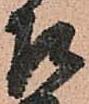
召